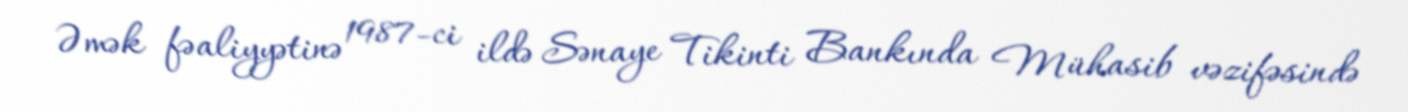
Əmək fəaliyyətinə 1987-ci ildə Sənaye Tikinti Bankında Mühasib vəzifəsində